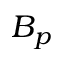
B _ { p }